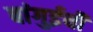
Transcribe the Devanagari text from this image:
बांगुईची